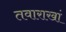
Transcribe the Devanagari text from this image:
तवाराखां